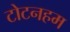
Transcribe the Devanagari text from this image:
टोटनहम